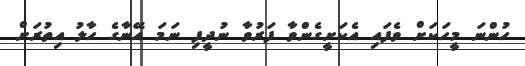
ހުންނަ މީހަކަށް ވެފައި އެކަށީގެންވާ ފަރުވާ ނުދީފި ނަމަ އޭނާގެ ހާލު އިތުރަށް